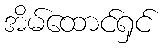
အိမ်ထောင်ရှင်